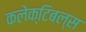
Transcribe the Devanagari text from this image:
कलेक्टिबल्स